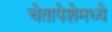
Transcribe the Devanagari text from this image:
चेतापेशेमध्ये